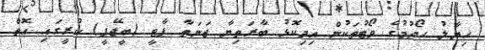
ހިޔާލު ހޯދުމުގެ ވޯޓުތަކުން އިދިކޮޅު ބާރަތިޔާ ޖަނަތާ ޕާޓީ (ބީޖޭޕީ) ކުރީގައި އޮތް